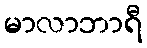
မာလာဘာရီ